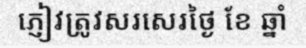
ភ្ញៀវត្រូវសរសេរថ្ងៃ ខែ ឆ្នាំ